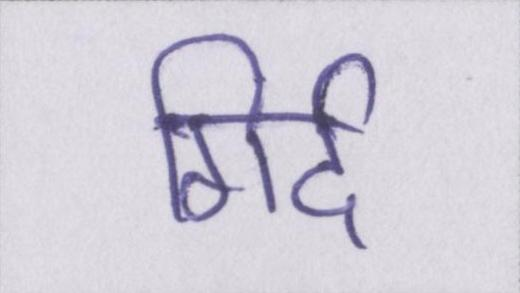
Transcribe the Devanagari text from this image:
गिर्द